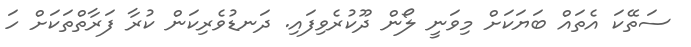
ސަތޭކަ އެތައް ބަޔަކަށް މިވަނީ ލޯން ދޫކުރެވިފައި. ދަނޑުވެރިކަން ކުރާ ފަރާތްތަކަށް ހަ